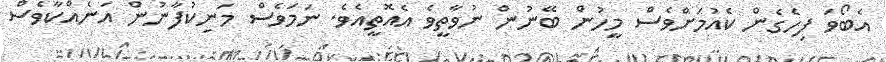
އެބޯވަ ފިހެގެން ކެއުމަށްވެސް މީހުން ބޭނުން ނުވާތީވެ އެއޮތީއެވެ. ނަމަވެސް މަނިކުފާނުން އަނެއްކާވެސް